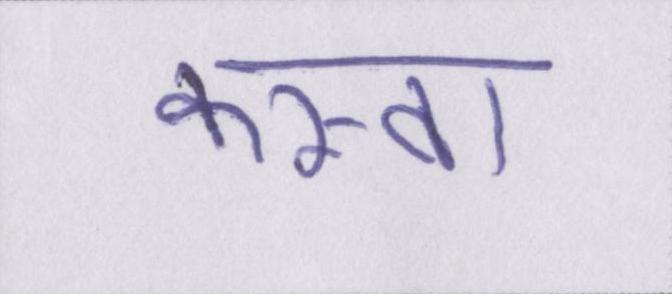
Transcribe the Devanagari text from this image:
कस्बा